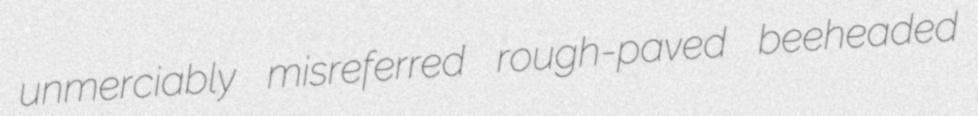
unmerciably misreferred rough-paved beeheaded